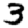
Digit: 3